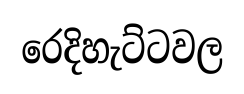
රෙදිහැට්ටවල